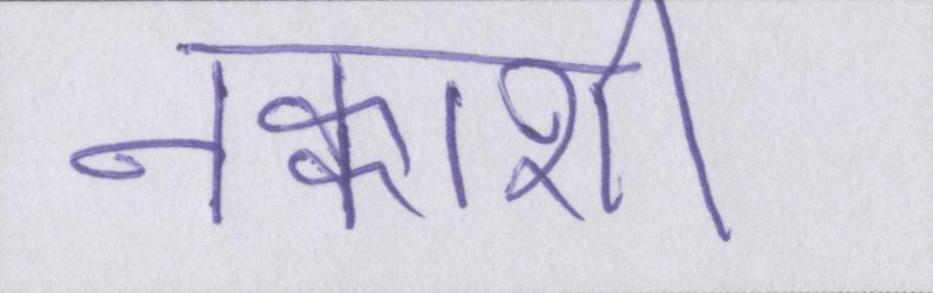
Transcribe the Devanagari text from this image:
नक्काशी